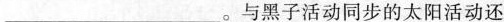
___。与黑子活动同步的太阳活动还